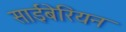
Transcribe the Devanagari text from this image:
साईबेरियन